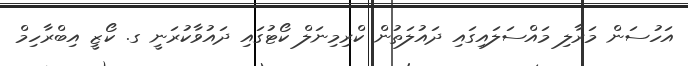
އަހުސަން މަރާލި މައްސަލައިގައި ދައުލަތުން ކްރިމިނަލް ކޯޓުގައި ދައުވާކުރަނީ ގ. ކޯޒީ އިބްރާހިމް